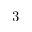
3